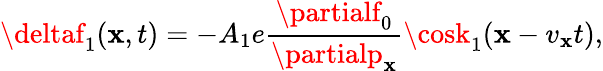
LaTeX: \deltaf_{1}(\mathbf{x},t)=-A_{1}e\frac{{\partialf_{0}}}{{\partialp_{\mathbf{x}}}}\cosk_{1}(\mathbf{x}-v_{\mathbf{x}}t),